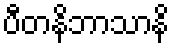
ပီတနိဘာသာနိ